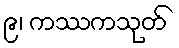
၉၊ ကဿကသုတ်